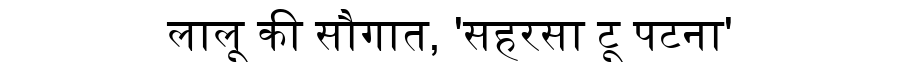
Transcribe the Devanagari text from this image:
लालू की सौगात, 'सहरसा टू पटना'